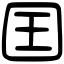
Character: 囯